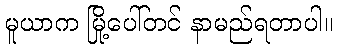
မူယာက မြို့ပေါ်တင် နာမည်ရတာပါ။